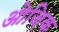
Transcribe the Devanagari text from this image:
ओज़िक